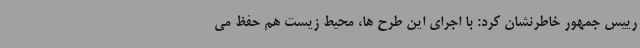
رییس جمهور خاطرنشان کرد: با اجرای این طرح ها، محیط زیست هم حفظ می